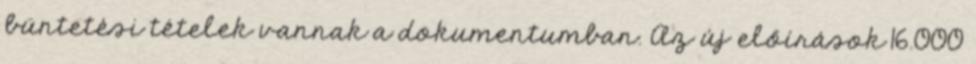
büntetési tételek vannak a dokumentumban. Az új előírások 16.000